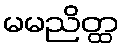
မမညိတ္ထ